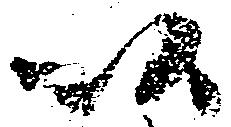
以